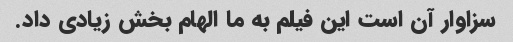
سزاوار آن است این فیلم به ما الهام بخش زیادی داد.